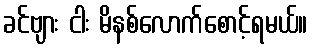
ခင်ဗျား ငါး မိနစ်လောက်စောင့်ရမယ်။